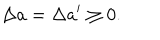
LaTeX: \Delta a = \Delta a ^ { \prime } \geq 0 .